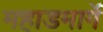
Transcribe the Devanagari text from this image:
महाडमार्गे